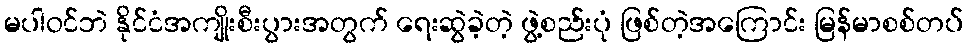
မပါဝင်ဘဲ နိုင်ငံအကျိုးစီးပွားအတွက် ရေးဆွဲခဲ့တဲ့ ဖွဲ့စည်းပုံ ဖြစ်တဲ့အကြောင်း မြန်မာစစ်တပ်